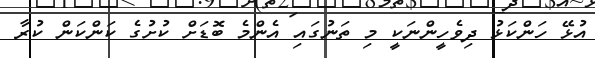
އުޅޭ ހަންކަޅު ދިވެހީންނަކީ މި ތަނުގައި އެންމެ ބޮޑަށް ކުށުގެ ކަންކަން ކުރާ